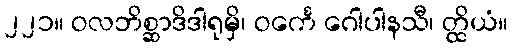
၂၂၁။ ဝလဘိစ္ဆာဒိဒါရုမှိ၊ ဝင်္ကေ ဂေါပါနသီ၊ တ္ထိယံ။